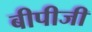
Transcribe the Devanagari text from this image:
बीपीजी